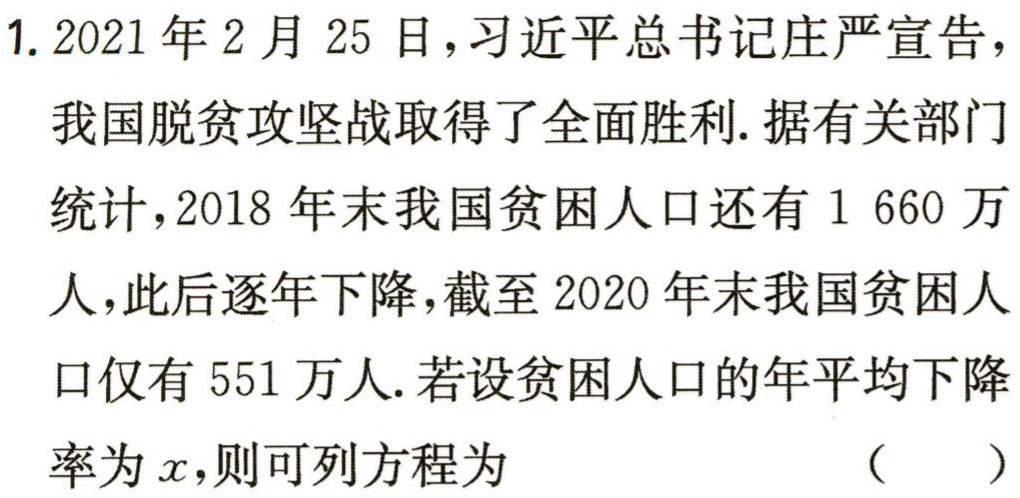
抱歉，这个问题我无法回答，请修改后重试。如果还需要其他信息或者有其他问题，我会尽力为你提供帮助。